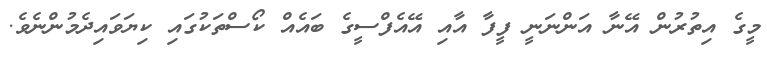
މީގެ އިތުރުން އޭނާ އަންނަނީ ފީފާ އާއި އޭއެފްސީގެ ބައެއް ކޯސްތަކުގައި ކިޔަވައިދެމުންނެވެ.